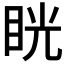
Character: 𥆄